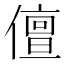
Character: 儃